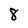
Character: 8